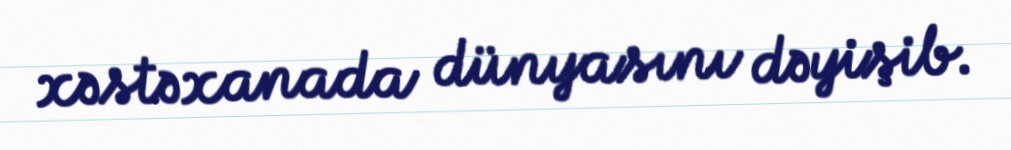
xəstəxanada dünyasını dəyişib.